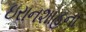
ઇરાનશાહના